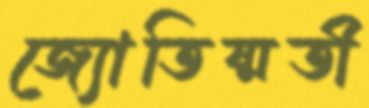
জ্যোতিষ্মতী